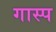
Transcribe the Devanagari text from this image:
गास्प